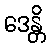
ဒေန္တိ